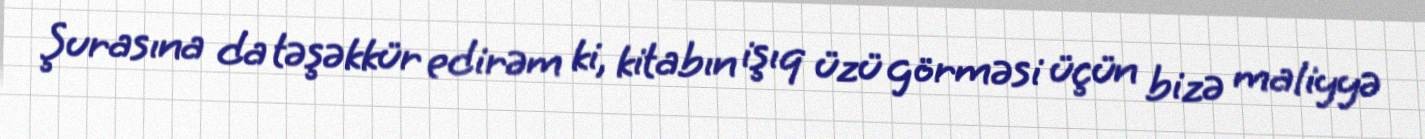
Şurasına da təşəkkür edirəm ki, kitabın işıq üzü görməsi üçün bizə maliyyə